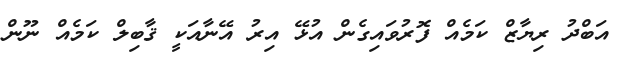
އަބްދު ރިޔާޒް ކަމެއް ފޮރުވައިގެން އުޅޭ އިރު އޭނާއަކީ ޤާބިލް ކަމެއް ނޫން